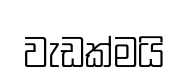
වැඩක්මයි